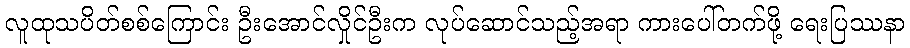
လူထုသပိတ်စစ်ကြောင်း ဦးအောင်လှိုင်ဦးက လုပ်ဆောင်သည့်အရာ ကားပေါ်တက်ဖို့ ရေးပြဿနာ